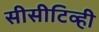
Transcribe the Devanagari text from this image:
सीसीटिव्ही